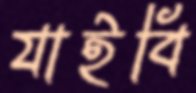
যাইবি